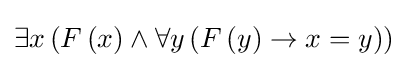
\exists x\left(F\left(x\right)\land \forall y\left(F\left(y\right)\rightarrow x=y\right)\right)